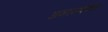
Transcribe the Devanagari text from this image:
अन्तरशीर्षक